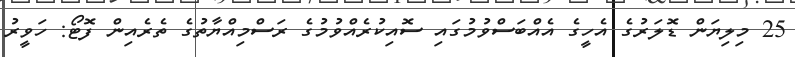
25 މިލިޔަން ޑޮލަރުގެ އެހީގެ އެއްބަސްވުމުގައި ސޮއިކުރެއްވުމުގެ ރަސްމިއްޔާތުގެ ތެރެއިން ފޮޓޯ: ހަވީރު